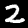
Digit: 2